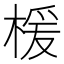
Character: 楥